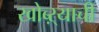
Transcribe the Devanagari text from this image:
खोब्ऱ्याची